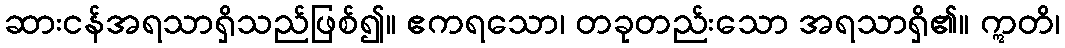
ဆားငန်အရသာရှိသည်ဖြစ်၍။ ဧကရသော၊ တခုတည်းသော အရသာရှိ၏။ ဣတိ၊